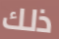
ذلك